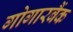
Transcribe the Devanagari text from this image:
गोगारबैंक